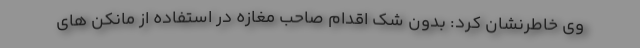
وی خاطرنشان کرد: بدون شک اقدام صاحب مغازه در استفاده از مانکن های